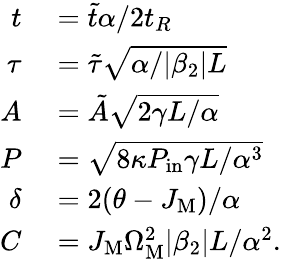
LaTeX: \begin{array}{rl}{t}&{{}=\tilde{t}\alpha/2t_{R}}\\ {\tau}&{{}=\tilde{\tau}\sqrt{\alpha/|\beta_{2}|L}}\\ {A}&{{}=\tilde{A}\sqrt{2\gamma L/\alpha}}\\ {P}&{{}=\sqrt{8\kappa P_{\mathrm{in}}\gamma L/\alpha^{3}}}\\ {\delta}&{{}=2(\theta-J_{\mathrm{M}})/\alpha}\\ {C}&{{}=J_{\mathrm{M}}\Omega_{\mathrm{M}}^{2}|\beta_{2}|L/\alpha^{2}.}\end{array}